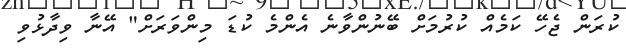
ކުރަން ޖެހޭ ކަމެއް ކުރުމަށް ބޭނުންވާނެ އެންމެ ކުޑަ މިންވަރަށް" އޭނާ ވިދާޅުވި